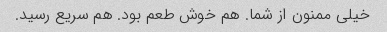
خیلی ممنون از شما. هم خوش طعم بود. هم سریع رسید.